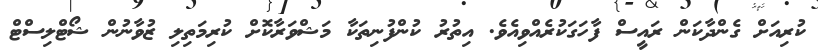
ކުރިއަށް ގެންދާކަން ރައީސް ފާހަގަކުރެއްވިއެވެ. އިތުރު ކުންފުނިތަކާ މަޝްވަރާކޮށް ކުރިމަތިލި ޒުވާނުން ޝޯޓްލިސްޓް